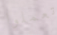
تعملوا